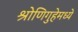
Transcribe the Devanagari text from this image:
श्रोणिगुहेमध्ये